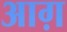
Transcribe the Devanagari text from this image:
आग़